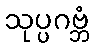
သုပ္ပဂဗ္ဘံ